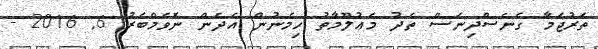
ތަރުޖަމާ ގެނެސްދިނަސް ތެދު މަޢުލޫމާތު ހިމެނުން އެދެން ނޮވެމްބަރު 6